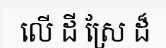
លើ ដី ស្រែ ដ៏